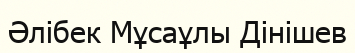
Әлібек Мұсаұлы Дінішев